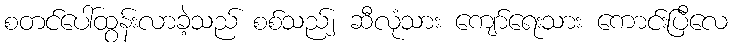
စတင်ပေါ်ထွန်းလာခဲ့သည် စစ်သည်၂ ဆီလုံသား ကျော်ရေးသား ကောင်းပြီလေ